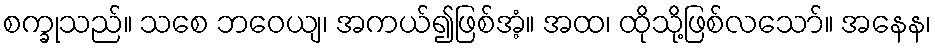
စက္ခုသည်။ သစေ ဘဝေယျ၊ အကယ်၍ဖြစ်အံ့။ အထ၊ ထိုသို့ဖြစ်လသော်။ အနေန၊